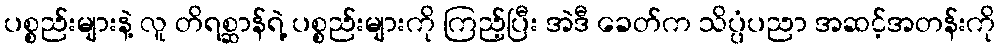
ပစ္စည်းများနဲ့ လူ တိရစ္ဆာန်ရဲ့ ပစ္စည်းများကို ကြည့်ပြီး အဲဒီ ခေတ်က သိပ္ပံပညာ အဆင့်အတန်းကို